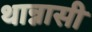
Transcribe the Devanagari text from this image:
थान्नासी